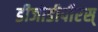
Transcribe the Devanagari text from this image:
डीजीडीपीएस्